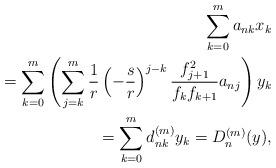
LaTeX: \begin{align*}\sum\limits_{k=0}^{m} a_{nk}x_{k}\\=\sum\limits_{k=0}^{m}\left( \sum\limits_{j=k}^{m}\frac{1}{r} \left(-\frac{s}{r}\right)^{j-k}\frac{f_{j+1}^{2}}{f_{k}f_{k+1}}a_{nj} \right)y_{k} \\ =\sum\limits_{k=0}^{m}d_{nk}^{(m)}y_{k}=D_{n}^{(m)}(y),\end{align*}